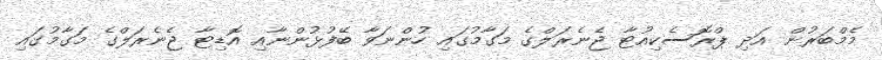
މެމްބަރުން އަދި ޕްރޮސެކިއުޓާ ޖެނެރަލްގެ މަގާމުގައި ހުންނަވާ ބޭފުޅުންނާއި އޮޑިޓާ ޖެނެރަލްގެ މަގާމުގައި